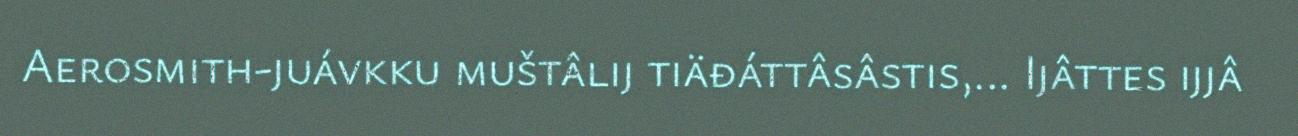
Aerosmith-juávkku muštâlij tiäđáttâsâstis,... Ijâttes ijjâ